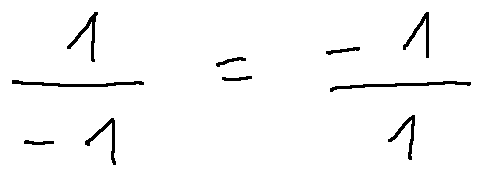
\frac { 1 } { - 1 } = \frac { - 1 } { 1 }